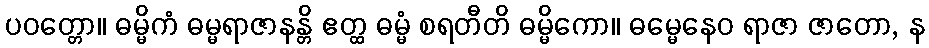
ပဝတ္တော။ ဓမ္မိကံ ဓမ္မရာဇာနန္တိ ဧတ္ထ ဓမ္မံ စရတီတိ ဓမ္မိကော။ ဓမ္မေနေဝ ရာဇာ ဇာတော, န